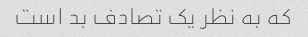
که به نظر یک تصادف بد است